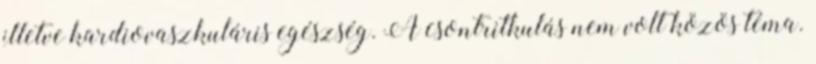
illetve kardiovaszkuláris egészség. A csontritkulás nem volt közös téma.